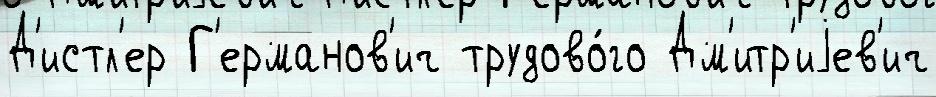
Д'истл'ер Г'ерманов'ич трудово́го Дм'итр'иjев'ич